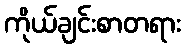
ကိုယ်ချင်းစာတရား